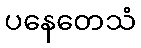
ပနေတေသံ